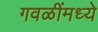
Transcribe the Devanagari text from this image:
गवळींमध्ये